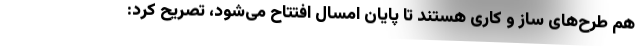
هم طرح‌های ساز و کاری هستند تا پایان امسال افتتاح می‌شود، تصریح کرد: